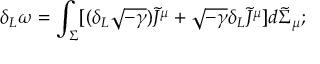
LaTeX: \delta _ { L } \omega = \int _ { \Sigma } [ ( \delta _ { L } \sqrt { - \gamma } ) \widetilde { \cal J } ^ { \mu } + \sqrt { - \gamma } \delta _ { L } \widetilde { \cal J } ^ { \mu } ] d \widetilde { \Sigma } _ { \mu } ;